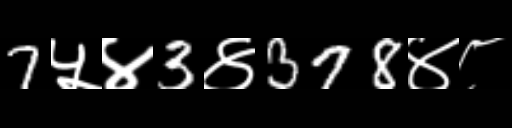
Text: 7५४3४378४८